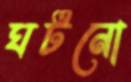
ঘটনো